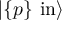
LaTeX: | \{ p \} \ \mathrm { i n } \rangle